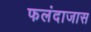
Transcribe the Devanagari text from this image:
फलंदाजास